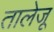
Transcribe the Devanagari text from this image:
तालेजू